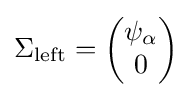
\Sigma _{\mathrm {left} }={\begin{pmatrix}\psi _{\alpha }\\0\end{pmatrix}}